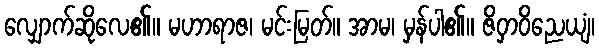
လျှောက်ဆိုလေ၏။ မဟာရာဇ၊ မင်းမြတ်။ အာမ၊ မှန်ပါ၏။ ဇိဝှာဝိညေယျံ၊